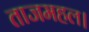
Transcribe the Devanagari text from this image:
ताजमहल।